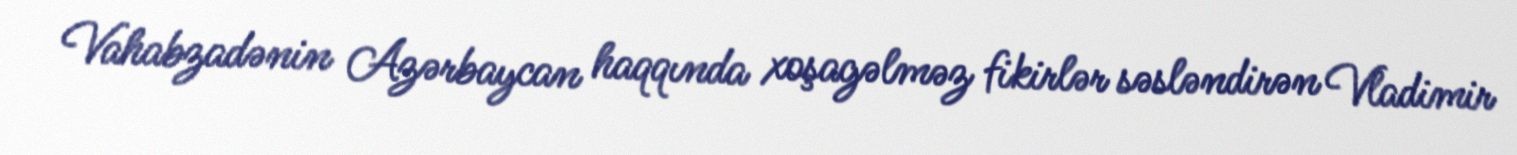
Vahabzadənin Azərbaycan haqqında xoşagəlməz fikirlər səsləndirən Vladimir